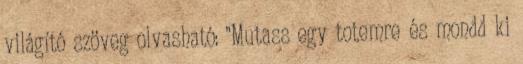
világító szöveg olvasható: "Mutass egy totemre és mondd ki